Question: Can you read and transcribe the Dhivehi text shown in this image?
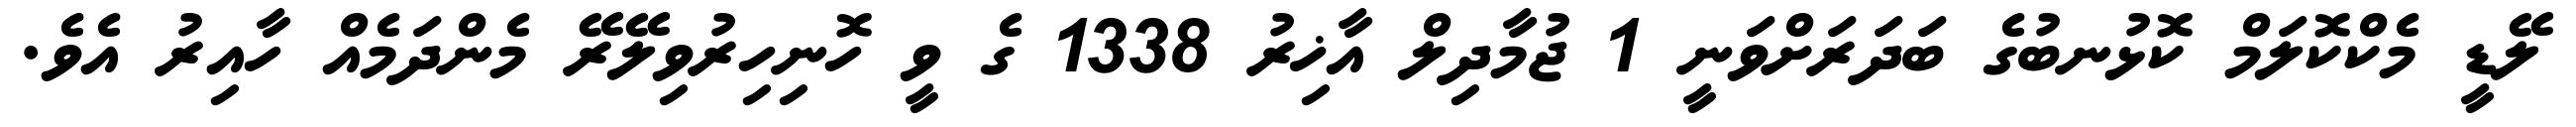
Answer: ލޭޑީ މެކްކޮލަމް ކޮޅުނބުގެ ބަދަރަށްވަނީ 1 ޖުމާދިލް އާޚިރު 1338 ގެ ވީ ހޮނިހިރުވިލޭރޭ މެންދަމެއް ހާއިރު އެވެ.